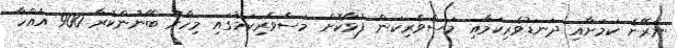
ނެރޭނެ ކަމަށާއި ދަނޑުވެރިކަމާއި މަސްވެރިކަން ފުޅާކޮށް މަސްވެރިކަމުގައި މިހާރު ބޭނުންކުރާ 900 އެއްހާ